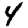
Digit: 4